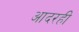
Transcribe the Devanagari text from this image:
आदरही